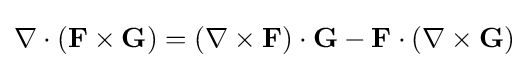
\nabla \cdot (\mathbf {F} \times \mathbf {G} )=(\nabla \times \mathbf {F} )\cdot \mathbf {G} -\mathbf {F} \cdot (\nabla \times \mathbf {G} )